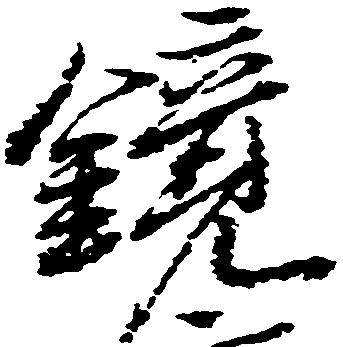
鏡